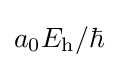
a_{0}E_{\text{h}}/\hbar